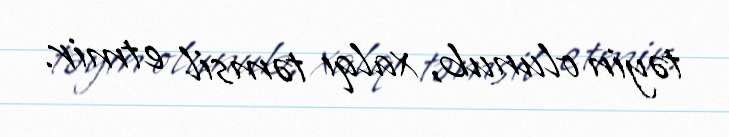
təyin olunub, xalqı təmsil etmir.